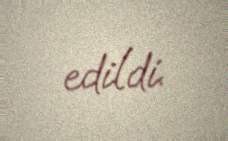
edildi.